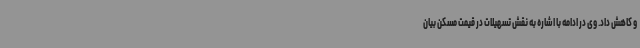
و کاهش داد. وی در ادامه با اشاره به نقش تسهیلات در قیمت مسکن بیان